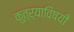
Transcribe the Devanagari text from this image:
कुत्र्याविषयी